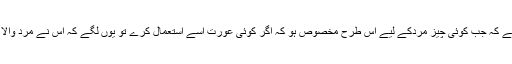
مُشابَہت تب پائی جاتی ہے کہ جب کوئی چیز مَردکے لیے اس طرح مَخصُوص ہو کہ اگر کوئی عورت اسے اِستعمال کرے تو یُوں لگے کہ اس نے مَرد والا اَنداز اِختیار کیا ہوا ہے ۔